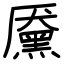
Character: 黡